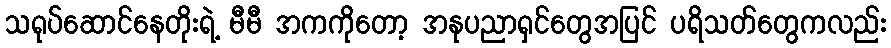
သရုပ်ဆောင်နေတိုးရဲ့ မီမီ အကကိုတော့ အနုပညာရှင်တွေအပြင် ပရိသတ်တွေကလည်း